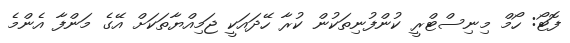
ފޮޓޯ: ހޯމް މިނިސްޓްރީ ކުންފުނިތަކުން ކުރާ ހޭދައަކީ ޖަމިއްޔާތަކަށް އޭގެ މަންފާ އެންމެ